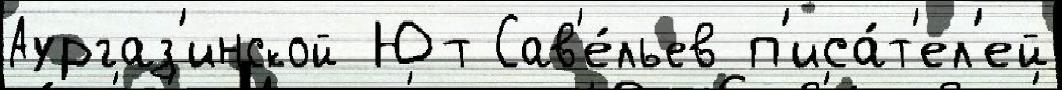
Аургаз'инской Ют Сав'е́льев п'иса́т'ел'ей